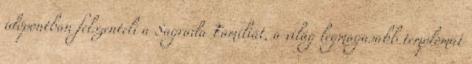
időpontban felszenteli a Sagrada Familiát, a világ legmagasabb templomát